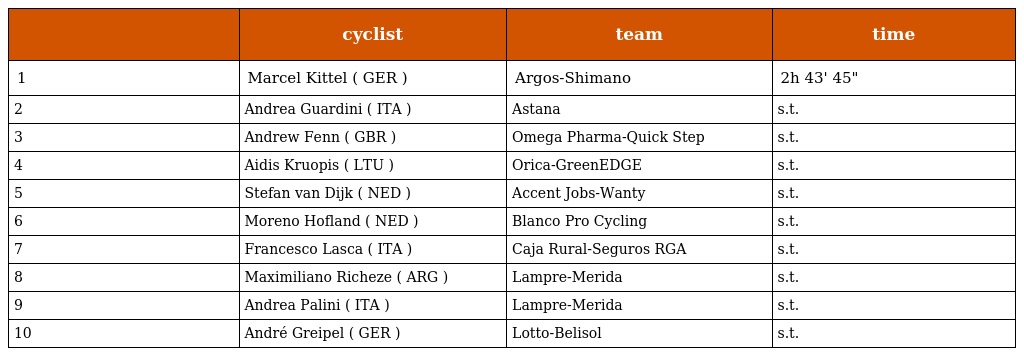
|  | cyclist | team | time |
 | --- | --- | --- | --- |
 | 1 | Marcel Kittel ( GER ) | Argos-Shimano | 2h 43' 45" |
 | 2 | Andrea Guardini ( ITA ) | Astana | s.t. |
 | 3 | Andrew Fenn ( GBR ) | Omega Pharma-Quick Step | s.t. |
 | 4 | Aidis Kruopis ( LTU ) | Orica-GreenEDGE | s.t. |
 | 5 | Stefan van Dijk ( NED ) | Accent Jobs-Wanty | s.t. |
 | 6 | Moreno Hofland ( NED ) | Blanco Pro Cycling | s.t. |
 | 7 | Francesco Lasca ( ITA ) | Caja Rural-Seguros RGA | s.t. |
 | 8 | Maximiliano Richeze ( ARG ) | Lampre-Merida | s.t. |
 | 9 | Andrea Palini ( ITA ) | Lampre-Merida | s.t. |
 | 10 | André Greipel ( GER ) | Lotto-Belisol | s.t. |